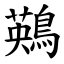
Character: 鶧